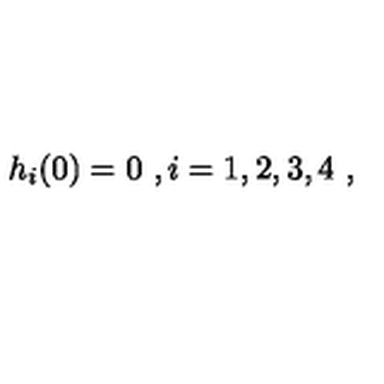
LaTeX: h _ { i } ( 0 ) = 0 \ , i = 1 , 2 , 3 , 4 \ , \nonumber